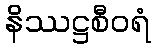
နိဿဋ္ဌစီဝရံ